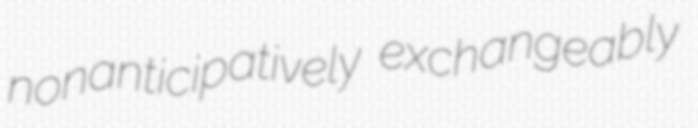
nonanticipatively exchangeably